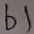
Text: b1